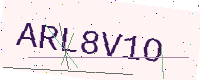
Text: ARL8V1O